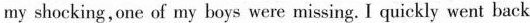
my shocking,one of my boys were missing. I quickly went back